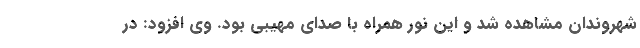
شهروندان مشاهده شد و این نور همراه با صدای مهیبی بود. وی افزود: در